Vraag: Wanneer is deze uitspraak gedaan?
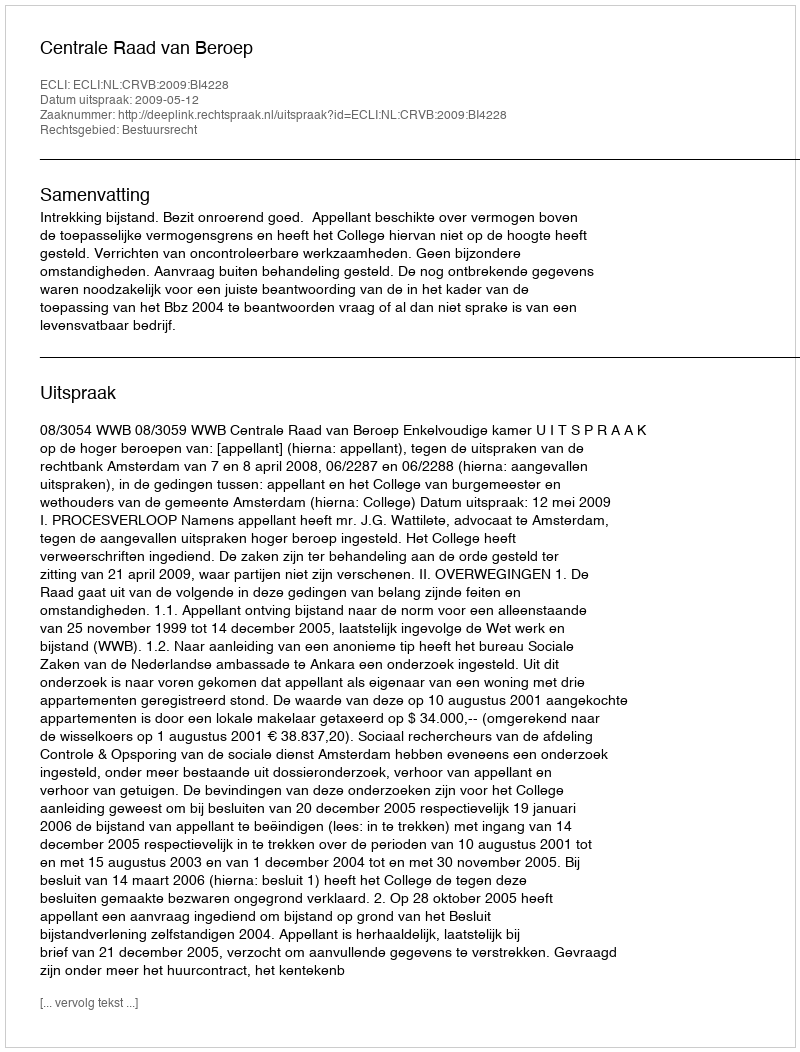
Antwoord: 2009-05-12